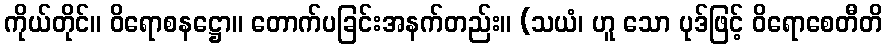
ကိုယ်တိုင်။ ဝိရောစနဋ္ဌော။ တောက်ပခြင်းအနက်တည်း။ (သယံ၊ ဟူ သော ပုဒ်ဖြင့် ဝိရောစေတီတိ